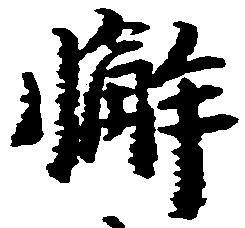
懈